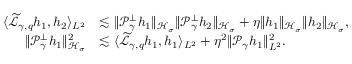
\begin{array} { r l } { \langle \widetilde { \mathcal L } _ { \gamma , q } h _ { 1 } , h _ { 2 } \rangle _ { L ^ { 2 } } } & { \lesssim \| \mathcal P _ { \gamma } ^ { \perp } h _ { 1 } \| _ { \mathcal H _ { \sigma } } \| \mathcal P _ { \gamma } ^ { \perp } h _ { 2 } \| _ { \mathcal H _ { \sigma } } + \eta \| h _ { 1 } \| _ { \mathcal H _ { \sigma } } \| h _ { 2 } \| _ { \mathcal H _ { \sigma } } , } \\ { \| \mathcal P _ { \gamma } ^ { \perp } h _ { 1 } \| _ { \mathcal H _ { \sigma } } ^ { 2 } } & { \lesssim \langle \widetilde { \mathcal L } _ { \gamma , q } h _ { 1 } , h _ { 1 } \rangle _ { L ^ { 2 } } + \eta ^ { 2 } \| \mathcal P _ { \gamma } h _ { 1 } \| _ { L ^ { 2 } } ^ { 2 } . } \end{array}